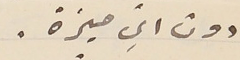
دون ايّ ميزة.